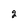
Character: 2